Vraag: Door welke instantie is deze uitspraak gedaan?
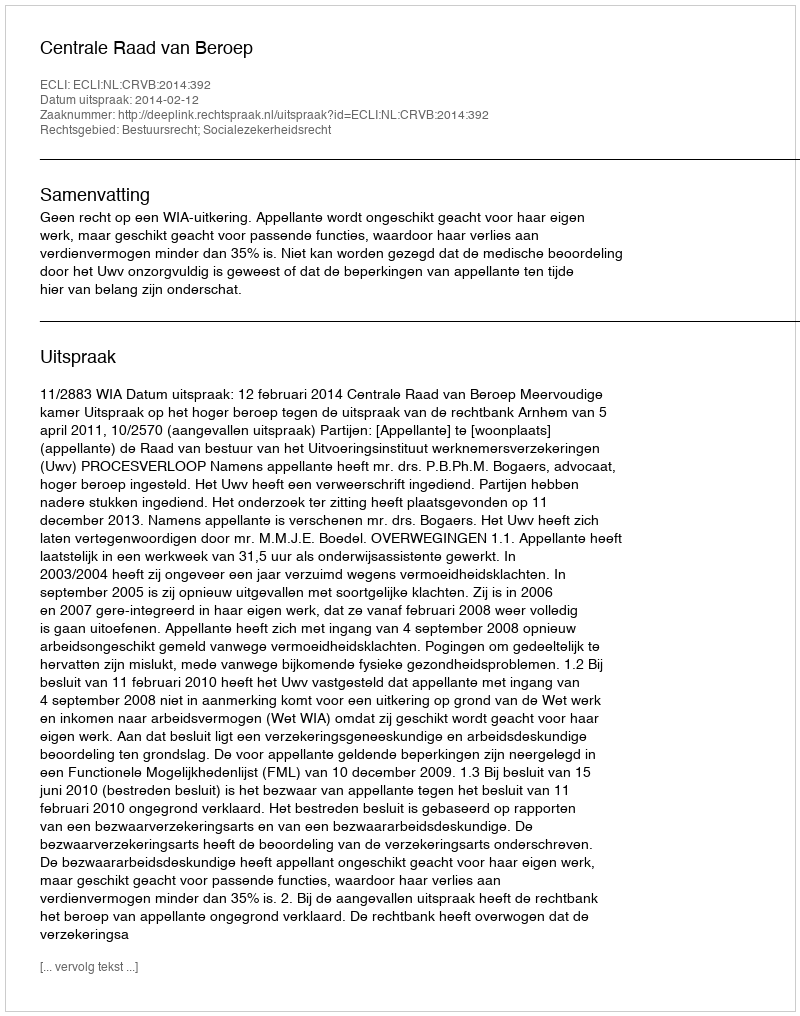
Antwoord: Centrale Raad van Beroep